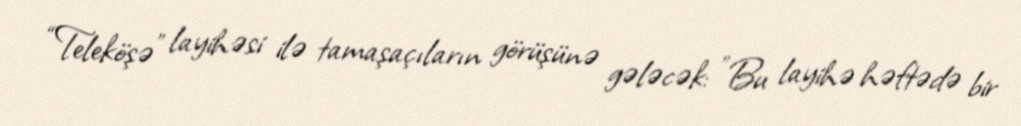
“Teleköşə” layihəsi ilə tamaşaçıların görüşünə gələcək: "Bu layihə həftədə bir